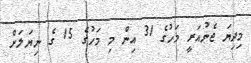
މިދިޔަ ޖެނުއަރީ މަހުގެ 31 އިން މި މަހުގެ 15 ގެ ނިޔަލަށް